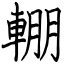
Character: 輣